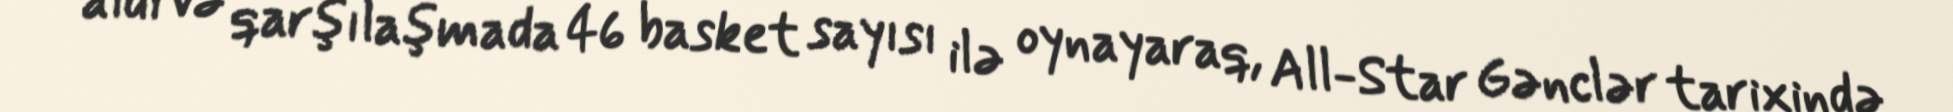
aldı və qarşılaşmada 46 basket sayısı ilə oynayaraq, All-Star Gənclər tarixində